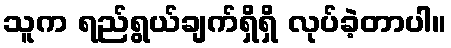
သူက ရည်ရွယ်ချက်ရှိရှိ လုပ်ခဲ့တာပါ။